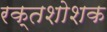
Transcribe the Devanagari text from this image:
रक्तशोशक